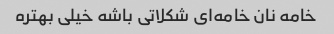
خامه نان خامه‌ای شکلاتی باشه خیلی بهتره